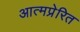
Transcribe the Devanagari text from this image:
आत्मप्रेरित